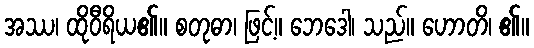
အဿ၊ ထိုဝီရိယ၏။ စတုဓာ၊ ဖြင့်။ ဘေဒေါ၊ သည်။ ဟောတိ၊ ၏။